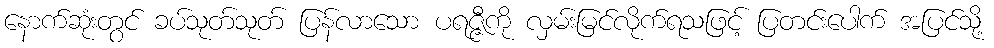
နောက်ဆုံးတွင် ခပ်သုတ်သုတ် ပြန်လာသော ပရဇ္ဇီကို လှမ်းမြင်လိုက်ရသဖြင့် ပြတင်းပေါက် အပြင်သို့